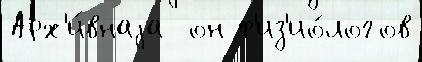
Арх'и́внаjа  он ф'из'ио́логов